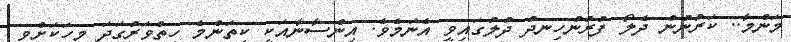
މަންމާ.. ކަރުނުން ދެލޯ ފުރުނުހިނދު ދުލުގައިވީ އެނަމެވެ. އިންސާނާއަކީ ކިތަންމެ ހިތްވަރުގަދަ މީހަކަށްވީ